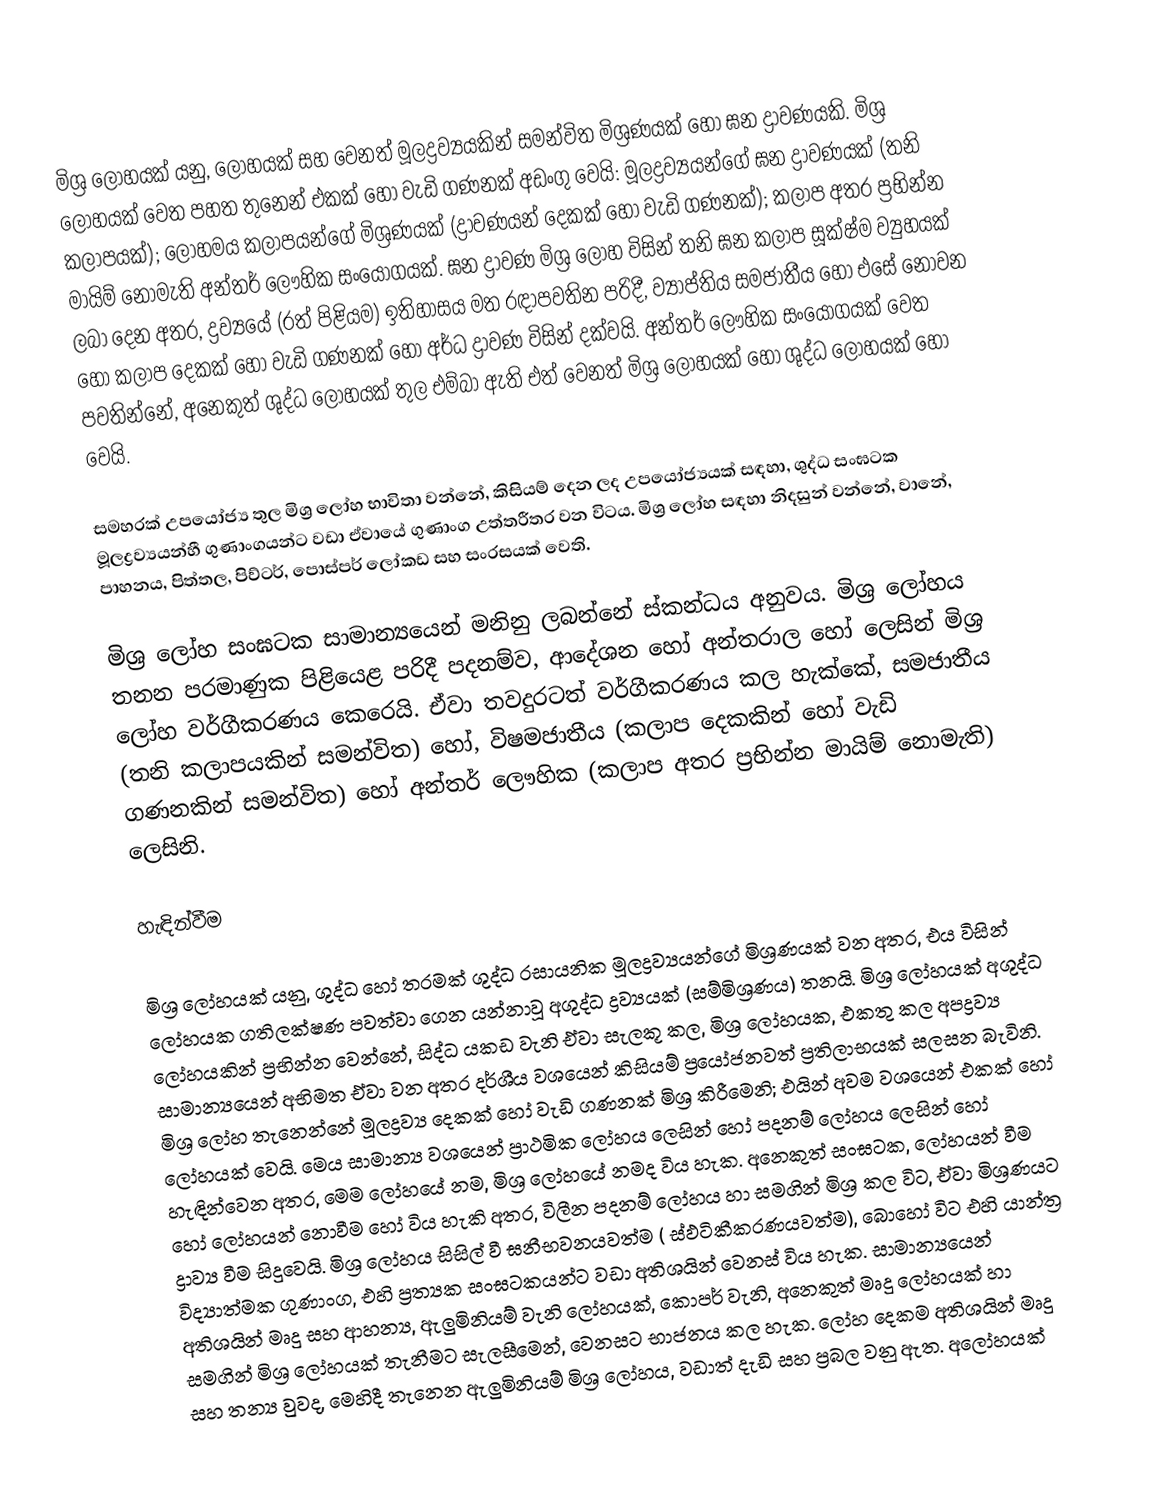
මිශ්‍ර ලෝහයක් යනු,  ලෝහයක් සහ වෙනත් මූලද්‍රව්‍යයකින් සමන්විත  මිශ්‍රණයක් හෝ ඝන ද්‍රාවණයකි. මිශ්‍ර ලෝහයක් වෙත පහත තුනෙන් එකක් හෝ වැඩි ගණනක් අඩංගු වෙයි: මූලද්‍රව්‍යයන්ගේ ඝන ද්‍රාවණයක් (තනි කලාපයක්); ලෝහමය කලාපයන්ගේ මිශ්‍රණයක් (ද්‍රාවණයන් දෙකක් හෝ වැඩි ගණනක්); කලාප අතර ප්‍රභින්න මායිම් නොමැති අන්තර් ලෞහික සංයෝගයක්. ඝන ද්‍රාවණ මිශ්‍ර ලෝහ විසින් තනි ඝන කලාප සූක්ෂ්ම ව්‍යුහයක් ලබා දෙන අතර,  ද්‍රව්‍යයේ (රත් පිළියම) ඉතිහාසය මත රඳාපවතින පරිදී, ව්‍යාප්තිය  සමජාතීය හෝ එසේ නොවන හෝ කලාප දෙකක් හෝ වැඩි ගණනක් හෝ අර්ධ ද්‍රාවණ විසින් දක්වයි. අන්තර් ලෞහික සංයෝගයක් වෙත පවතින්නේ, අනෙකුත් ශුද්ධ ලෝහයක් තුල එම්බා ඇති එත් වෙනත් මිශ්‍ර ලෝහයක් හෝ ශුද්ධ ලෝහයක් හෝ වෙයි.

සමහරක් උපයෝජ්‍ය තුල  මිශ්‍ර ලෝහ භාවිතා වන්නේ, කිසියම් දෙන ලද උපයෝජ්‍යයක් සඳහා, ශුද්ධ සංඝටක මූලද්‍රව්‍යයන්හී ගුණාංගයන්ට වඩා ඒවායේ ගුණාංග උත්තරීතර වන විටය. මිශ්‍ර ලෝහ සඳහා නිදසුන් වන්නේ,  වානේ, පාහනය, පිත්තල, පිව්ටර්, පොස්පර් ලෝකඩ සහ සංරසයක් වෙති.

මිශ්‍ර ලෝහ සංඝටක සාමාන්‍යයෙන් මනිනු ලබන්නේ ස්කන්ධය අනුවය. මිශ්‍ර ලෝහය තනන පරමාණුක  පිළියෙළ පරිදී පදනම්ව, ආදේශන හෝ අන්තරාල හෝ ලෙසින් මිශ්‍ර ලෝහ වර්ගීකරණය කෙරෙයි. ඒවා තවදුරටත් වර්ගීකරණය කල හැක්කේ,  සමජාතීය (තනි කලාපයකින් සමන්විත) හෝ, විෂමජාතීය (කලාප දෙකකින් හෝ වැඩි ගණනකින් සමන්විත) හෝ අන්තර් ලෞහික (කලාප අතර ප්‍රභින්න මායිම් නොමැති) ලෙසිනි.

හැඳින්වීම

මිශ්‍ර ලෝහයක් යනු, ශුද්ධ හෝ තරමක් ශුද්ධ රසායනික මූලද්‍රව්‍යයන්ගේ මිශ්‍රණයක් වන අතර, එය විසින් ලෝහයක ගතිලක්ෂණ පවත්වා ගෙන යන්නාවූ අශුද්ධ ද්‍රව්‍යයක් (සම්මිශ්‍රණය) තනයි. මිශ්‍ර ලෝහයක් අශුද්ධ ලෝහයකින් ප්‍රභින්න වෙන්නේ, සිද්ධ යකඩ වැනි ඒවා සැලකූ කල, මිශ්‍ර ලෝහයක, එකතු කල අපද්‍රව්‍ය සාමාන්‍යයෙන් අභිමත ඒවා වන අතර දර්ශීය වශයෙන් කිසියම් ප්‍රයෝජනවත් ප්‍රතිලාභයක් සලසන බැවිනි. මිශ්‍ර ලෝහ තැනෙන්නේ මූලද්‍රව්‍ය දෙකක් හෝ වැඩි ගණනක් මිශ්‍ර කිරීමෙනි; එයින් අවම වශයෙන් එකක් හෝ ලෝහයක් වෙයි. මෙය සාමාන්‍ය වශයෙන් ප්‍රාථමික ලෝහය ලෙසින් හෝ පදනම් ලෝහය ලෙසින් හෝ හැඳින්වෙන අතර, මෙම ලෝහයේ නම, මිශ්‍ර ලෝහයේ නමද විය හැක. අනෙකුත් සංඝටක, ලෝහයන් වීම හෝ ලෝහයන් නොවීම හෝ විය  හැකි අතර, විලීන පදනම් ලෝහය හා සමගින් මිශ්‍ර කල විට, ඒවා මිශ්‍රණයට ද්‍රාව්‍ය වීම සිදුවෙයි. මිශ්‍ර ලෝහය සිසිල් වී ඝනීභවනයවත්ම ( ස්ඵටිකීකරණයවත්ම), බොහෝ විට එහි යාන්ත්‍ර විද්‍යාත්මක ගුණාංග, එහි ප්‍රත්‍යක සංඝටකයන්ට වඩා අතිශයින් වෙනස් විය හැක. සාමාන්‍යයෙන් අතිශයින් මෘදු සහ ආහන්‍ය, ඇලුමිනියම් වැනි ලෝහයක්, කොපර් වැනි, අනෙකුත් මෘදු ලෝහයක් හා සමගින් මිශ්‍ර ලෝහයක් තැනීමට සැලසීමෙන්, වෙනසට භාජනය කල හැක. ලෝහ දෙකම අතිශයින් මෘදු සහ තන්‍ය වුවද, මෙහිදී තැනෙන ඇලුමිනියම් මිශ්‍ර ලෝහය, වඩාත් දැඩි සහ ප්‍රබල වනු ඇත. අලෝහයක්